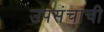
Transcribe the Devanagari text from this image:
उपसंचाची